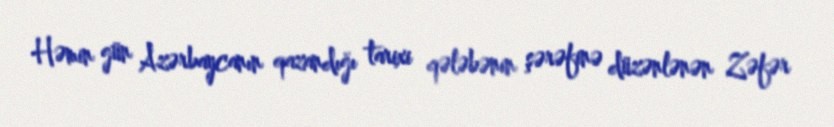
Həmin gün Azərbaycanın qazandığı tarixi qələbənin şərəfinə düzənlənən Zəfər